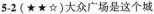
5-2(★★☆)大众广场是这个城